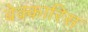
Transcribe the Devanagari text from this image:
बेक्कारिस